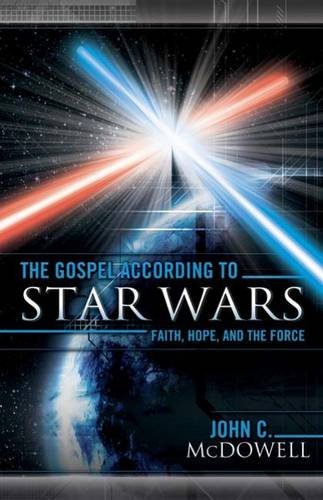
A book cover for The Gospel according to Star Wars: Faith, Hope, and the Force; John C. McDowell; Humor & Entertainment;